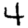
Digit: 4